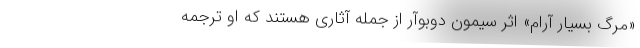
«مرگ بسیار آرام» اثر سیمون دوبوآر از جمله آثاری هستند که او ترجمه